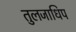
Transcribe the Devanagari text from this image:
तुलजाधिप